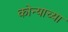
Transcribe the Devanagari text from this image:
कोन्याच्या